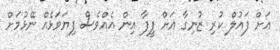
އަށް ފައުލް ކުރި ޒުނިގާ އަށް ފީފާ އިން އެއްވެސް ފިޔަވަޅެއް ނޭޅުމަށް